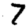
Digit: 7